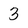
Character: 3